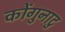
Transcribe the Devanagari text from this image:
कोंगुनाटु